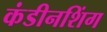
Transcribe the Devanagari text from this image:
कंडीनशिंग